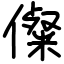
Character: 儏